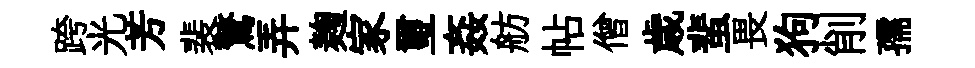
跨光芳裴驚弄麹家璽姦舫帖僧歳蜚畏狗削孺